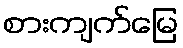
စားကျက်မြေ